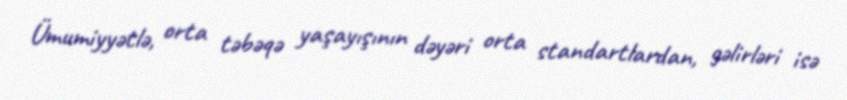
Ümumiyyətlə, orta təbəqə yaşayışının dəyəri orta standartlardan, gəlirləri isə